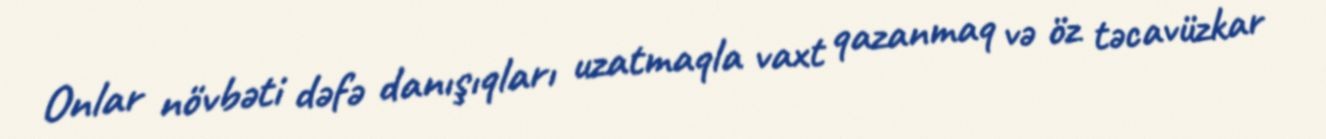
Onlar növbəti dəfə danışıqları uzatmaqla vaxt qazanmaq və öz təcavüzkar